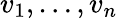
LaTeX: v_{1},\ldots,v_{n}